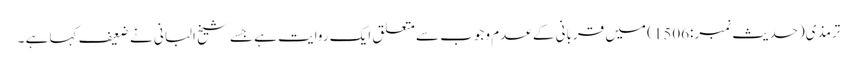
ترمذی(حدیث نمبر:1506) میں قربانی کے عدم وجوب سے متعلق ایک روایت ہے جسے شیخ البانی نے ضعیف کہا ہے ۔